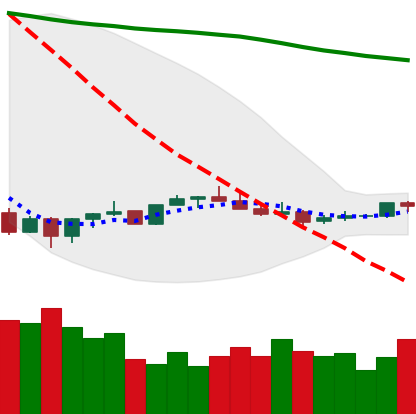
Ticker: XMR-USD
Chart end date: 2022-07-05
Forward return: 5.573%
Label: up_5_7